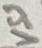
Text: VSS